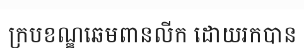
ក្របខណ្ឌឆេមពានលីក ដោយរកបាន